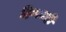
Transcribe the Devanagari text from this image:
दिग्गजही